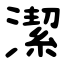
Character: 潔